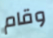
وقام